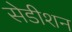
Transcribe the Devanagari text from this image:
सेडीशन